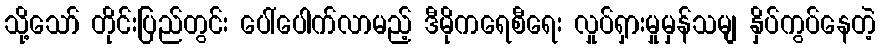
သို့သော် တိုင်းပြည်တွင်း ပေါ်ပေါက်လာမည့် ဒီမိုကရေစီရေး လှုပ်ရှားမှုမှန်သမျ နှိပ်ကွပ်နေတဲ့